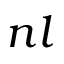
n l